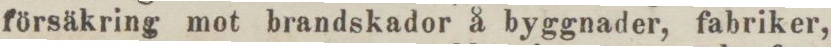
försäkring mot brandskador å byggnader, fabriker,